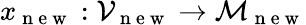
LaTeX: x_{\mathrm{~n~e~w~}}:\mathcal{V}_{\mathrm{~n~e~w~}}\to\mathcal{M}_{\mathrm{~n~e~w~}}